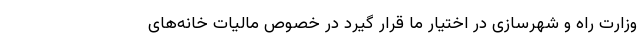
وزارت راه و شهرسازی در اختیار ما قرار گیرد در خصوص مالیات خانه‌های